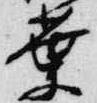
葉